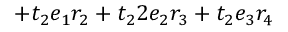
+ t _ { 2 } e _ { 1 } r _ { 2 } + t _ { 2 } 2 e _ { 2 } r _ { 3 } + t _ { 2 } e _ { 3 } r _ { 4 }